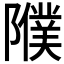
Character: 𨽂